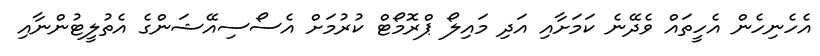
އެހެނިހެން އެހީތައް ވެދޭނެ ކަމަށާއި އަދި މައިލޯ ޕްރޮމޯޓް ކުރުމަށް އެސޯސިއޭޝަންގެ އެތުލީޓުންނާއި